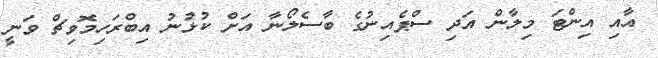
އާއި އިންޓަ މިލާން އަދި ސްޕެއިނުގެ ބާސެލޯނާ އަށް ކުޅުނު އިބްރަހިމޮވިޗް ވަނީ